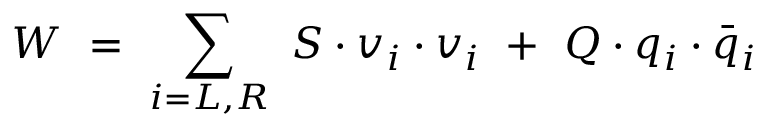
W ~ = ~ \sum _ { i = L , R } ~ S \cdot v _ { i } \cdot v _ { i } ~ + ~ Q \cdot q _ { i } \cdot \bar { q } _ { i }